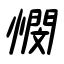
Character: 憫